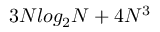
3 N l o g _ { 2 } N + 4 N ^ { 3 }